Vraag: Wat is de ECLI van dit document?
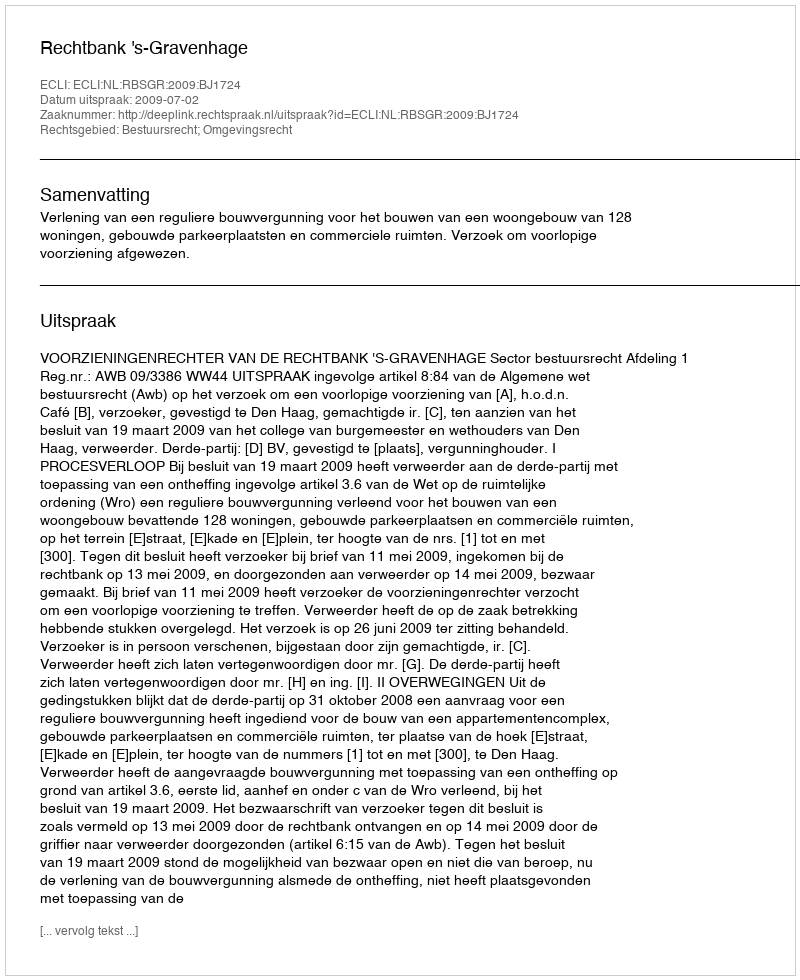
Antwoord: ECLI:NL:RBSGR:2009:BJ1724